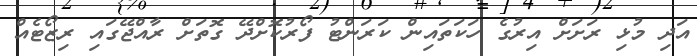
އަދި މުޅި ރަށަށް އިރުގެ ހަކަތައިން ކަރަންޓު ފޯރުކޮށްދޭ ގޮތަށް ރާއްޖޭގައި ރިޒޯޓެއް